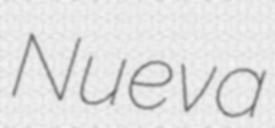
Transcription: Nueva